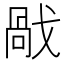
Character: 𢧘